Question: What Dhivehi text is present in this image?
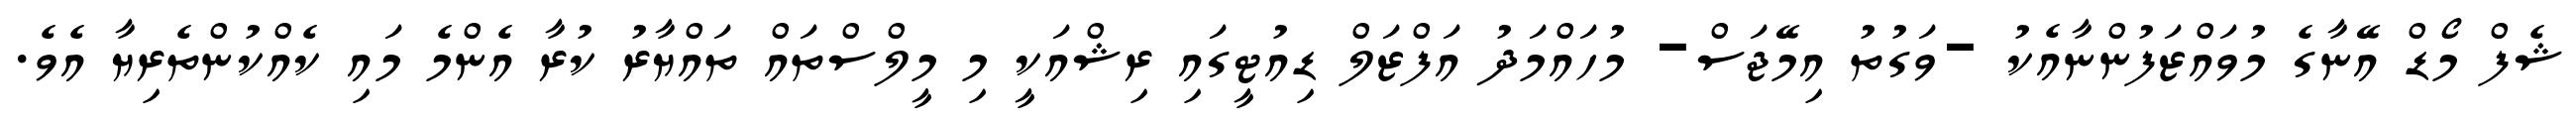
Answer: ޝެފް މޯޑް އޭނާގެ މުވައްޒަފުންނާއެކު -ވަގުތު އިމޭޖަސް- މުހައްމަދު އަފްޒަލް ޑިއުޓީގައި ރިޝްއަކީ މި މީލްސްތައް ތައްޔާރު ކުރާ އެންމެ މައި ކެއްކުންތެރިޔާ އެވެ.